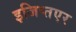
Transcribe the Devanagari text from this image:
इजिप्तएर